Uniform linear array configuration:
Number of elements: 24
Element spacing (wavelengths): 1
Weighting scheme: hamming
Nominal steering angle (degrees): -45
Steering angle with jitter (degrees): -43.056
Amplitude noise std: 0.05
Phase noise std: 0.05

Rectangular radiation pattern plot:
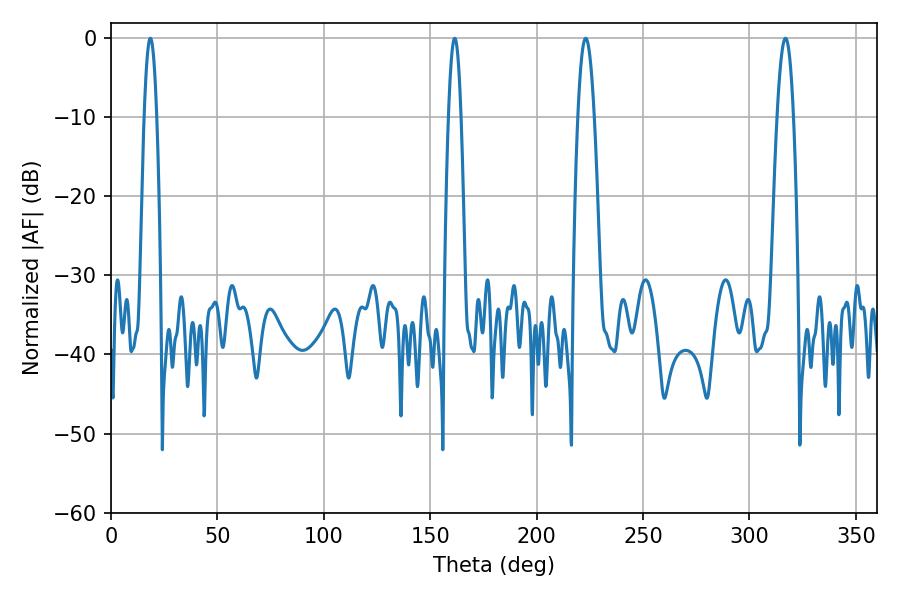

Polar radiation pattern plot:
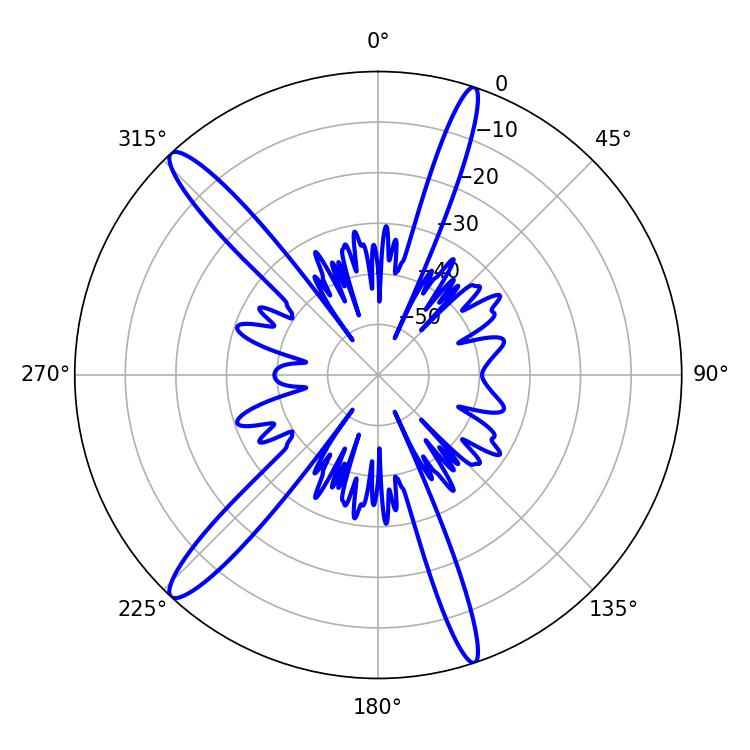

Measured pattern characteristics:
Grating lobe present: TRUE
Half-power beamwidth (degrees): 4.14
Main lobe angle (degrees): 223.02